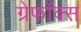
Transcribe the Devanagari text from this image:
ग्रेफॉक्स